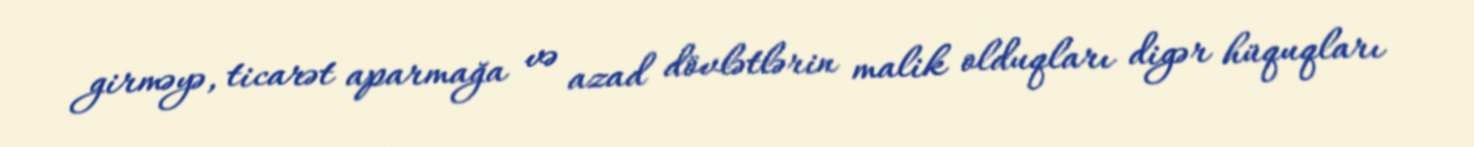
girməyə, ticarət aparmağa və azad dövlətlərin malik olduqları digər hüquqları